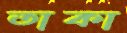
তাকা